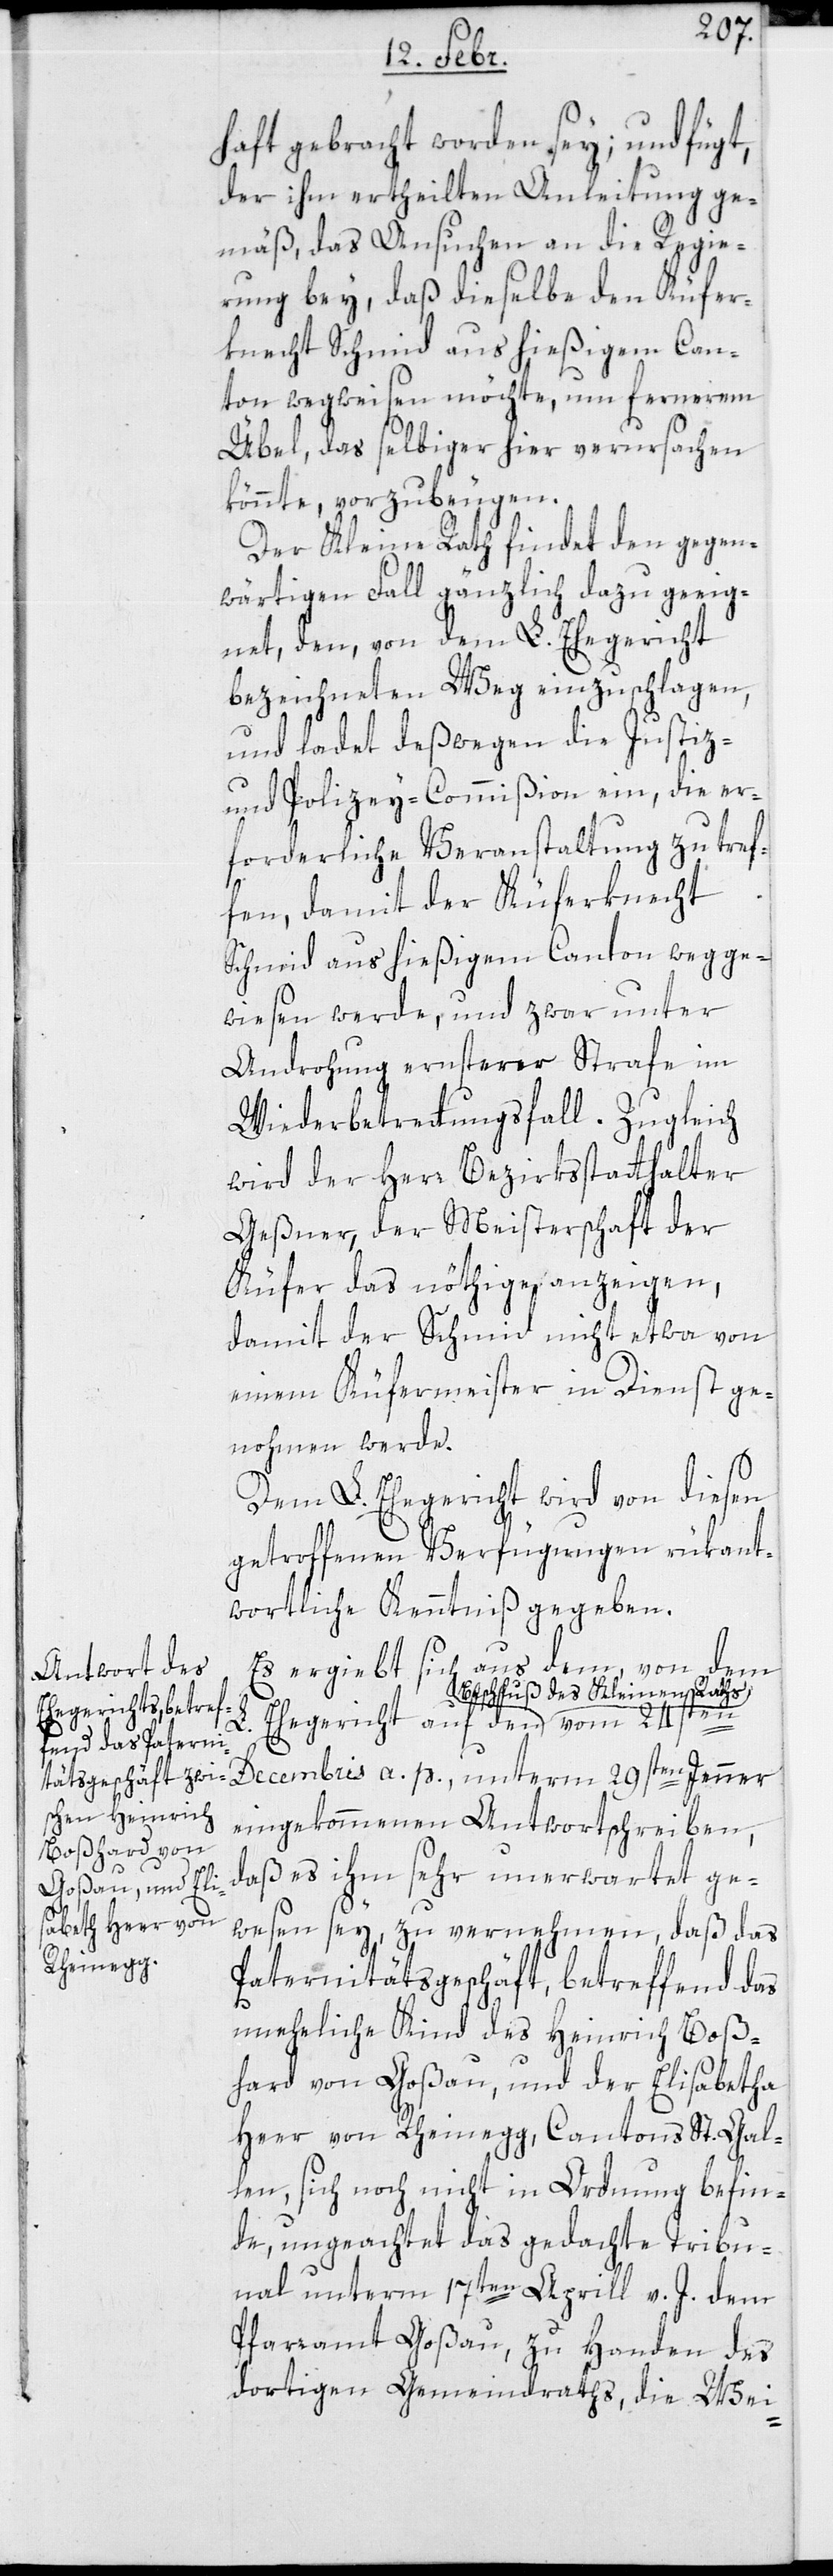
haft gebracht worden sey; und fügt
der ihm ertheilten Anleitung ge¬
mäß, das Ansuchen an die Regie¬
rung bei, daß dieselbe den Küfer¬
knecht Schmid aus hießigem Can¬
ton wegweisen möchte, um fernerem
Übel, das selbiger hier verursachen
könnte, vorzubeugen.
Der Kleine Rath findet den gegen¬
wärtigen Fall gänzlich dazu geeig¬
net, den von dem L. Ehegericht
bezeichneten Weg einzuschlagen,
und ladet deßwegen die Justiz-
und Polizey-Commißion ein, die er¬
forderliche Veranstaltung zu tref¬
fen, damit der Küferknecht
Schmid aus hießigem Canton wegge¬
wiesen werde, und zwar unter
Androhung ernsterer Strafe im
Wiederbetretungsfall. Zugleich
wird der Herr Bezirksstatthalter
Geßner, der Meisterschaft der
Küfer das nöthige anzeigen,
damit der Schmid nicht etwa von
einem Küfermeister in Dienst ge¬
nommen werde.
Dem L. Ehegericht wird von diesen
getroffenen Verfügungen rükant¬
wortliche Kenntniß gegeben.
Es ergibt sich aus dem von dem
Beschluß des Kleinen Raths
Ehegericht auf
eingekommenen Antwortschreiben,
a.
daß es ihm sehr unerwartet ge¬
wesen sei, zu vernehmen, daß das
Paternitätsgeschäft, betreffend das
uneheliche Kind des Heinrich Boß¬
hard von Goßau, und der Elisabetha
Heer von Rheinegg, Cantons St. Gal¬
len, sich noch nicht in Ordnung befin¬
de, ungeachtet das gedachte Tribu¬
nal unterm 17ten April v. J. dem
Pfarramt Goßau, zu Handen des
dortigen Gemeindraths, die Wie-